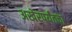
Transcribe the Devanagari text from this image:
अखेरपर्यंतचा